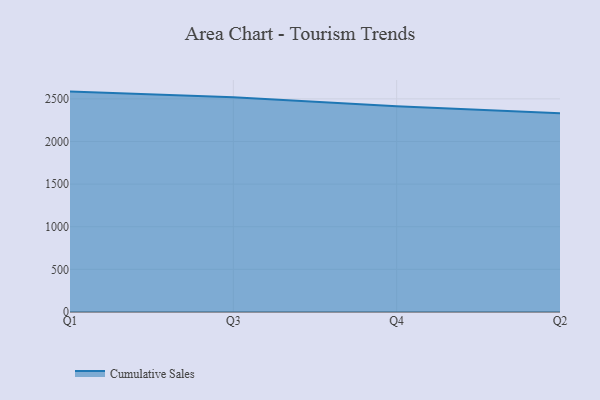
{"axis": {"x": "Quarter", "y": "Demand Index"}, "legend": ["Cumulative Sales"], "data": [{"x": "Q1", "y": 2585.3, "type": "Cumulative Sales"}, {"x": "Q3", "y": 2520.2, "type": "Cumulative Sales"}, {"x": "Q4", "y": 2412.6, "type": "Cumulative Sales"}, {"x": "Q2", "y": 2330.7, "type": "Cumulative Sales"}]}